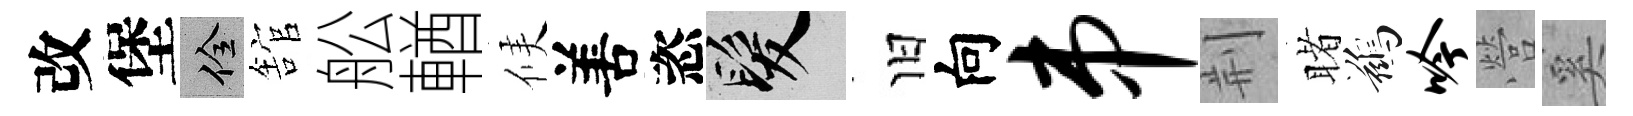
改堡佺舘舩輶候𠵊恣髮旧向串荆睹鷀吟營奚